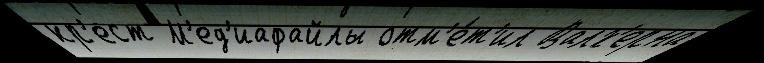
кр'ест М'ед'иафайлы отм'е́т'ил Валх'ерна